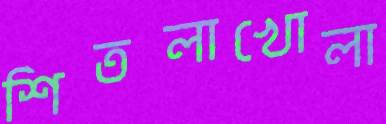
শিতলাখোলা